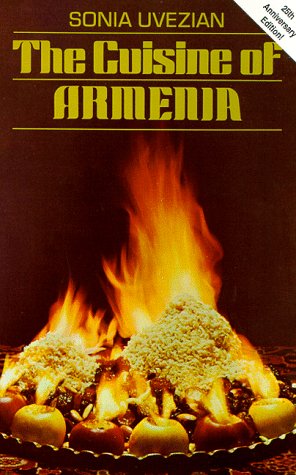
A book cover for The Cuisine of Armenia; Sonia Uvezian; Travel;